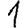
Digit: 1